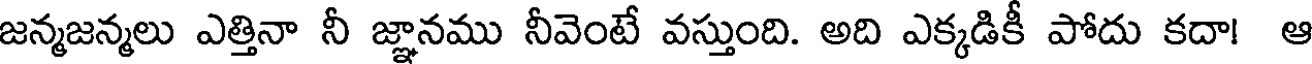
జన్మజన్మలు ఎత్తినా నీ జ్ఞానము నీవెంటే వస్తుంది. అది ఎక్కడికీ పోదు కదా! ఆ